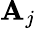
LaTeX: \mathbf{A}_{j}